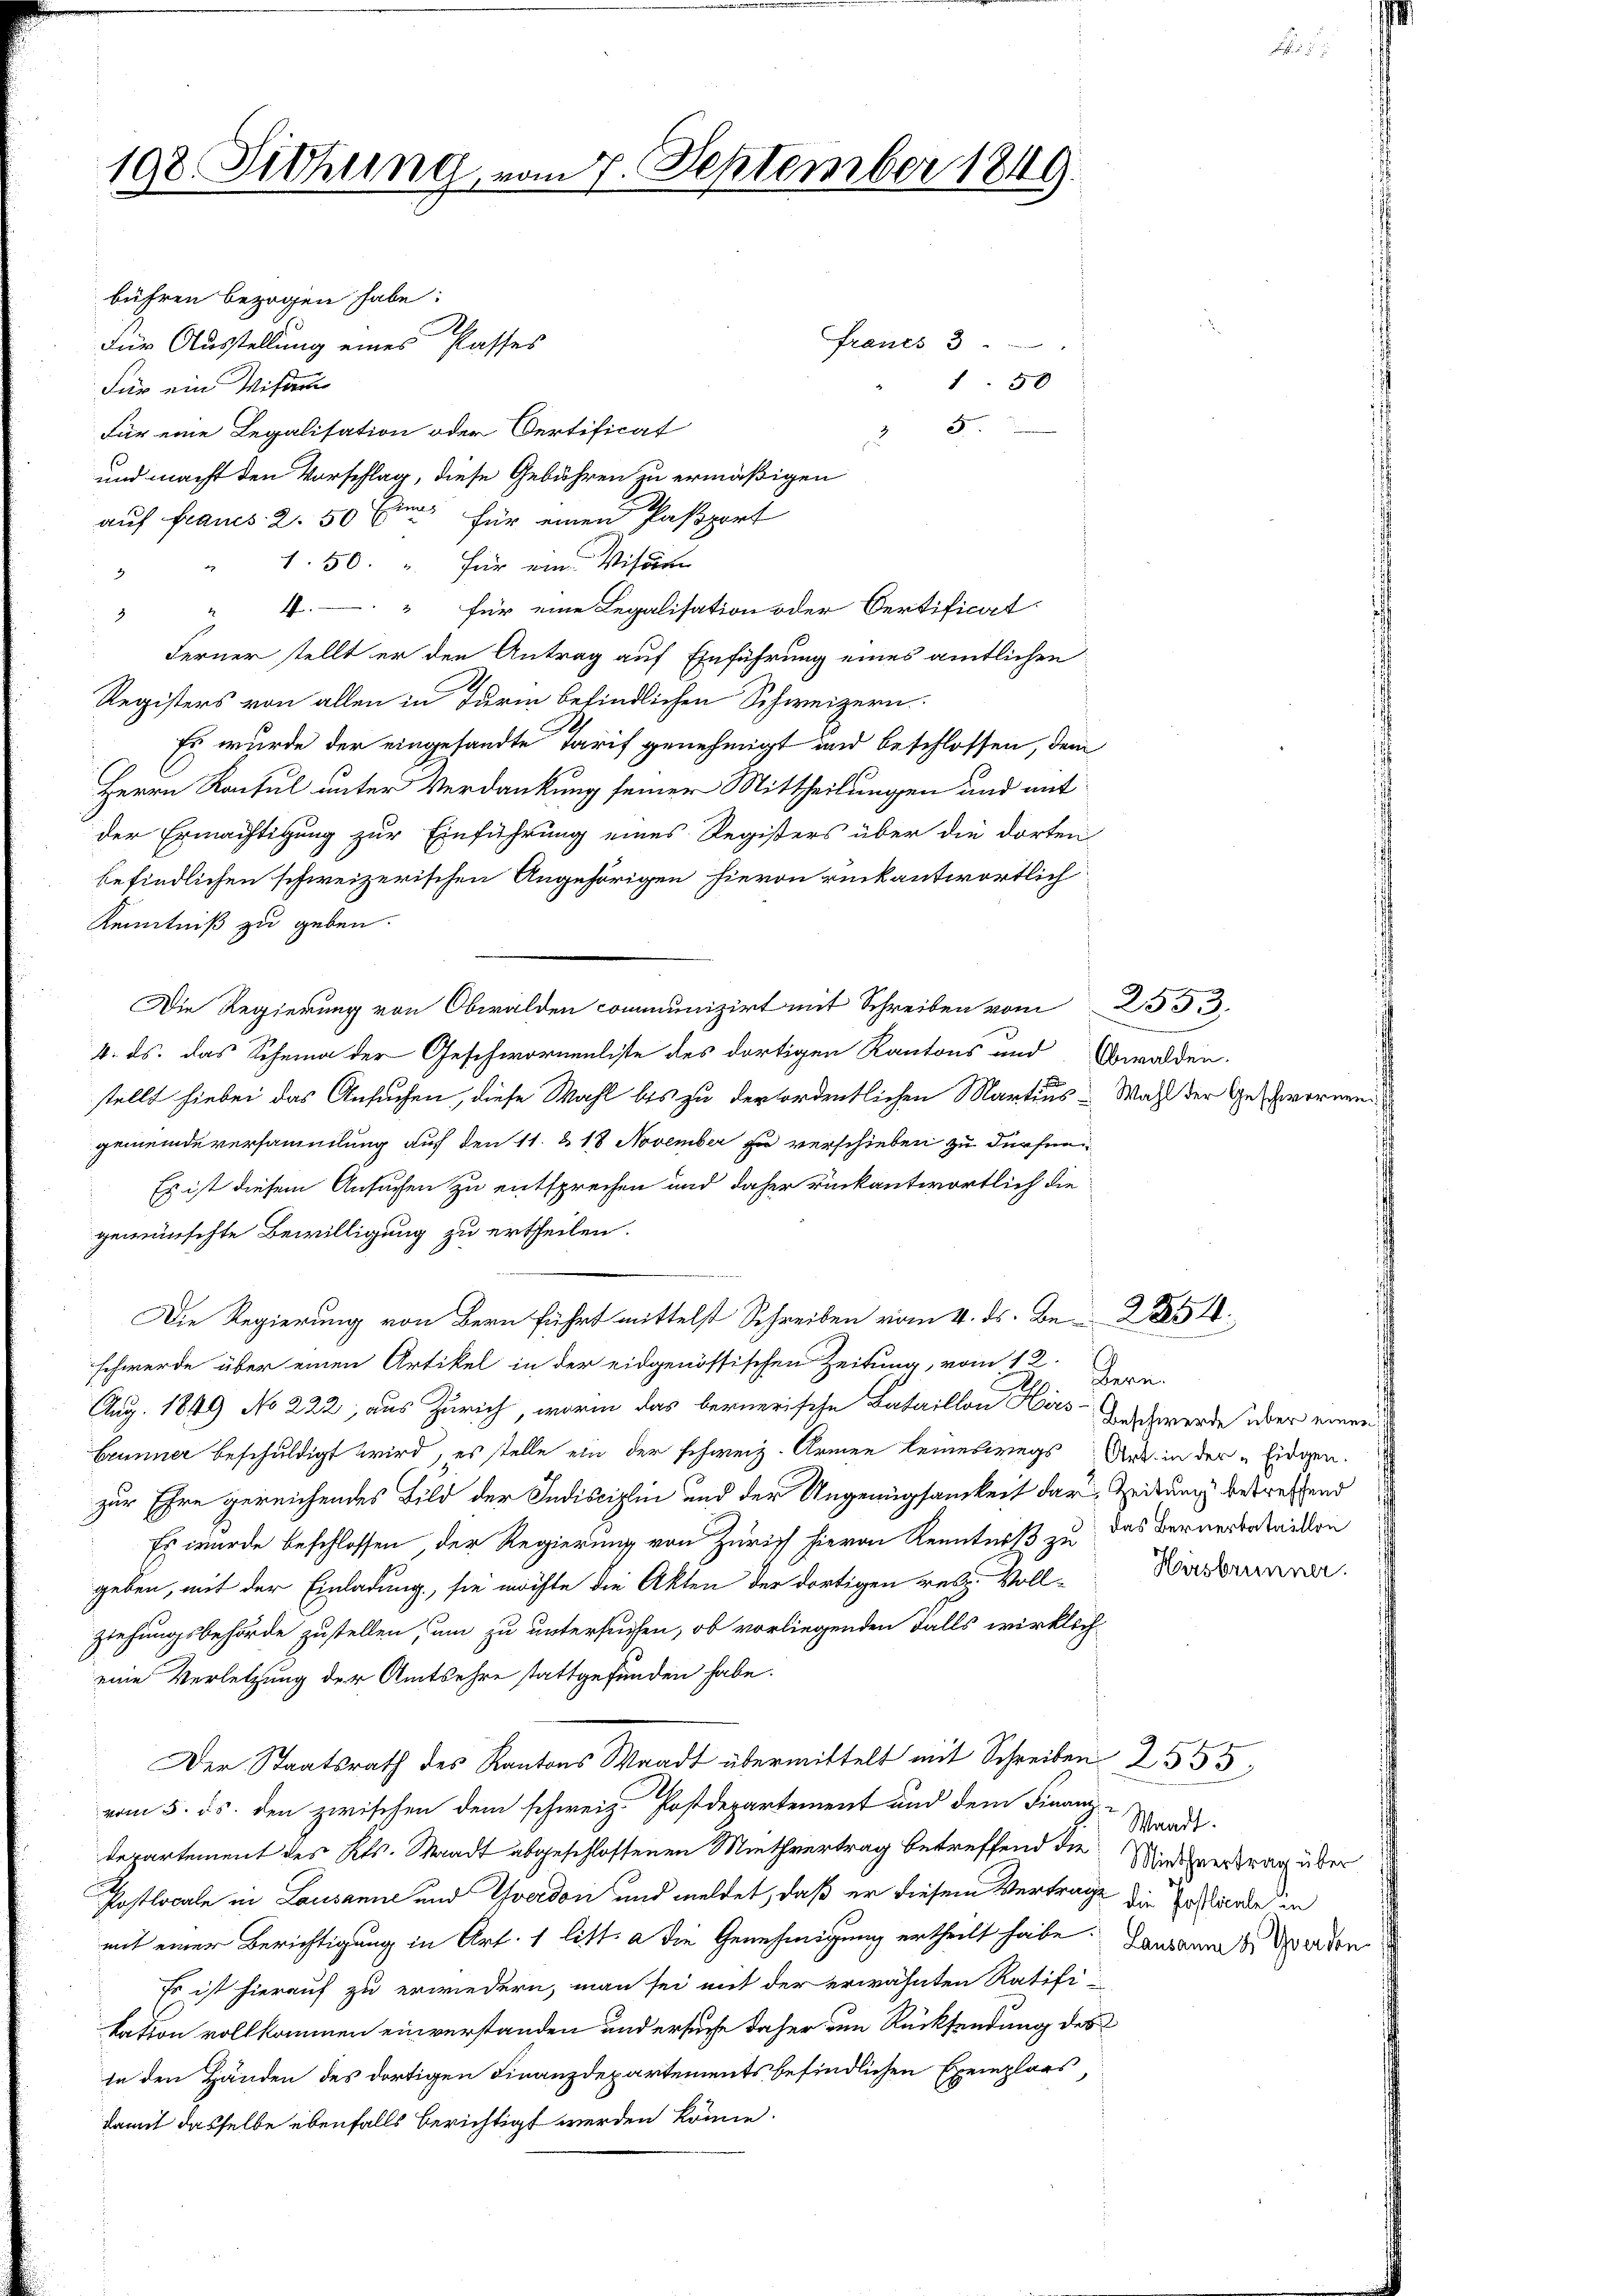
198. Siehung, vom 7. September 1849.

bühren bezogen habe:
francs 3
Für Ausstellung eines Passes
150
Für ein Mister
Für eine Legalisation oder Oertificat
5
und macht den Vorschlag, diese Gebühren zu ermäßigen
auf Francs 2. 50 Eine für einen Paßport
" 1. 50. " für ein Visum
" für eine Legalisation oder Certificat
3
Ferner stellt er den Antrag auf Einführung eines amtlichen
Registers von allen in Turm befindlichen Schweizern.
Es wurde der eingesandte Tarif genehmigt und beschlossen, dem
Herrn Konsul unter Verdankung seiner Mittheilungen und mit
der Ermächtigung zur Einführung eines Registers über die dorten
befindlichen schweizerischen Angehörigen hievon rückantwortlich
Kenntniß zu geben.
Die Regierung von Obwalden communizirt mit Schreiben vom 253.
4. ds. das Scheina der Geschwornenliste des dortigen Kantons und Obwalden.
stellt hiebei das Ansuchen, diese Wahl bis zu derfordentlichen Martius Wahl der Geschworen
gemeinde versammlung auf den 11. & 18 November zu verschieben zu dürfen
Es ist diesem Ansuchen zu entsprechen und daher rückantwortlich die
gewünschte Bewilligung zu ertheilen.
Die Regierung von Bern führt mittelst Schreiben vom 4. ds. Be
schwerde über einen Artikel in der eidgenössischen Zeitung, vom 12. Zern
Aug. 1849 No 222, aus Zürich, worin das bernerische Bataillon Hirs-Dachwerde über einen
Brunner beschuldigt wird, es stelle ein der schweiz. Armen leineswegs Art. in der „Eidgen.
zur Ehre gereichendes Bild der Indisciplin und der Ungenügsamkeit der Zeitung betreffend
Es wurde beschlossen, der Regierung von Zürich hievon Kenntniß zu das Bernerbataillen
geben, mit der Einladung, sie möchte die Akten der dortigen res. Voll-Bäderar.
ziehungsbehörde zustellen, um zu untersuchen, ob vorliegenden Falls wirklich-
eine Verletzung der Amtsehre stattgefunden habe.
Der Staatsrath des Kantons Waadt übermittelt mit Schreiben 2555
vom 5. ds. den zwischen dem schweiz. Postdepartement und dem Finanz-
Waadt.
departement des Kts. Waadt abgeschlossenen Miethvertrag betreffend die Niessertrag über
Postlocale in Lausanne und Yverdon und meldet, daß er diesem Vertrage die Zustände in
mit einer Berichtigung in Art. 1 litt. a die Genehmigung ertheilt habe. Landamne perden
Es ist hierauf zu erwiedern, man sei mit der erwähnten Ratifi-
kation vollkommen einverstanden und ersuche daher um Rücksendung des
in den Händen des dortigen Finanzdepartements befindlichen Exemplars
damit dasselbe ebenfalls berichtigt werden könne.